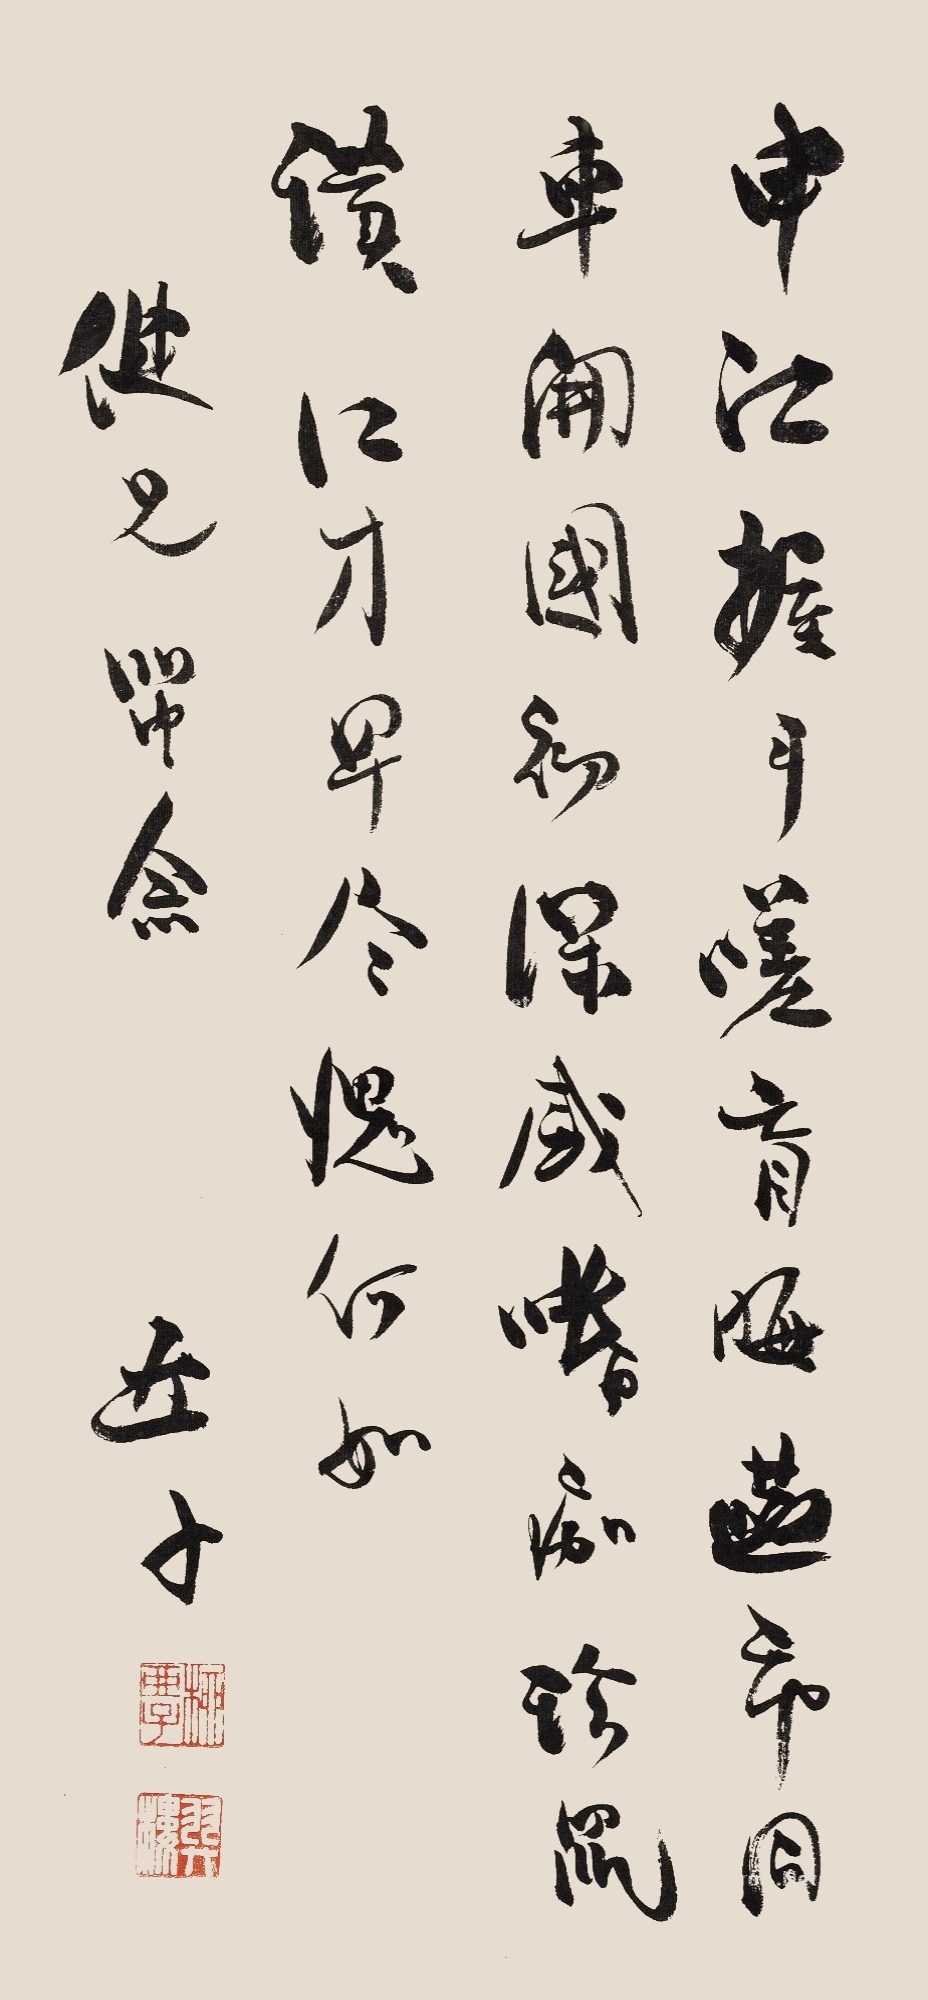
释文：申江握手嗟盲晦，燕市同车开国初。深感嗜痂珍鼠■，江才早尽愧何如。健兄留念，亚子。